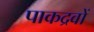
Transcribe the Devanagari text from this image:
पाकद्रवों